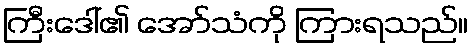
ကြီးဒေါ်၏ အော်သံကို ကြားရသည်။